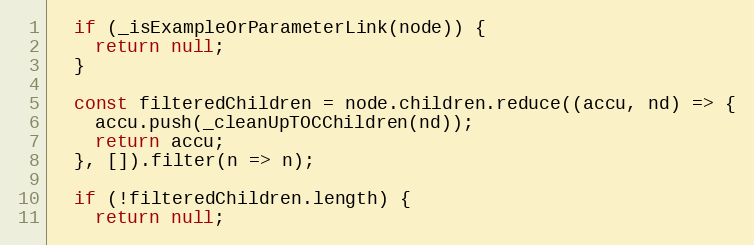
Language: JavaScript
  if (_isExampleOrParameterLink(node)) {
    return null;
  }

  const filteredChildren = node.children.reduce((accu, nd) => {
    accu.push(_cleanUpTOCChildren(nd));
    return accu;
  }, []).filter(n => n);

  if (!filteredChildren.length) {
    return null;